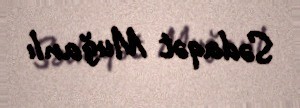
Sədaqət Muğanlı